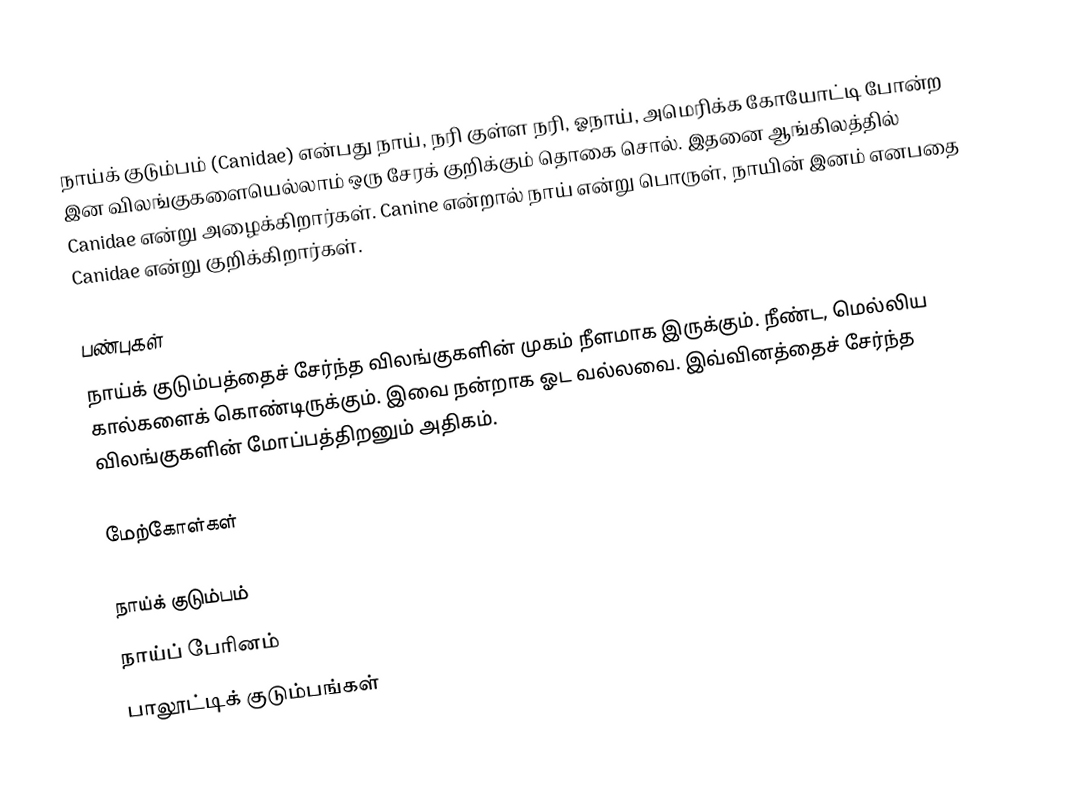
நாய்க் குடும்பம் (Canidae) என்பது நாய், நரி குள்ள நரி, ஓநாய், அமெரிக்க கோயோட்டி போன்ற இன விலங்குகளையெல்லாம் ஒரு சேரக் குறிக்கும் தொகை சொல். இதனை ஆங்கிலத்தில் Canidae என்று அழைக்கிறார்கள். Canine என்றால் நாய் என்று பொருள், நாயின் இனம் எனபதை Canidae என்று குறிக்கிறார்கள்.

பண்புகள்
நாய்க் குடும்பத்தைச் சேர்ந்த விலங்குகளின் முகம் நீளமாக இருக்கும். நீண்ட, மெல்லிய கால்களைக் கொண்டிருக்கும். இவை நன்றாக ஓட வல்லவை. இவ்வினத்தைச் சேர்ந்த விலங்குகளின் மோப்பத்திறனும் அதிகம்.

மேற்கோள்கள்

நாய்க் குடும்பம்
நாய்ப் பேரினம்
பாலூட்டிக் குடும்பங்கள்